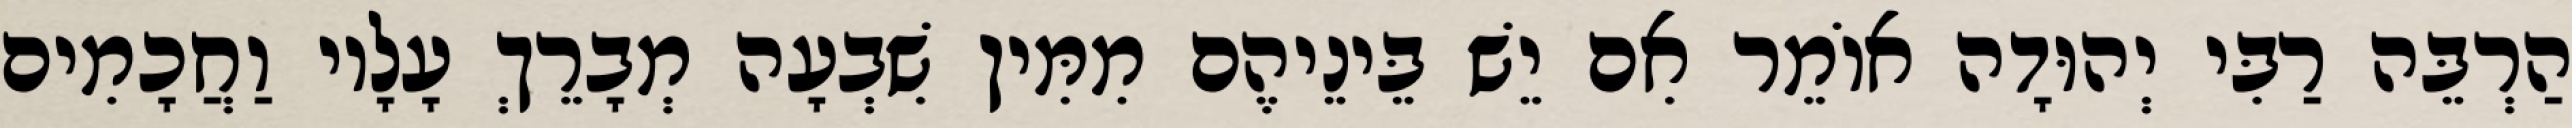
הַרְבֵּה רַבִּי יְהוּדָה אוֹמֵר אִם יֵשׁ בֵּינֵיהֶם מִמִּין שִׁבְעָה מְבָרֵךְ עָלָיו וַחֲכָמִים